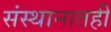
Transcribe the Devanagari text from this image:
संस्थानातही